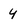
Character: y